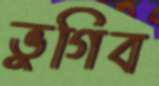
ভুগিব